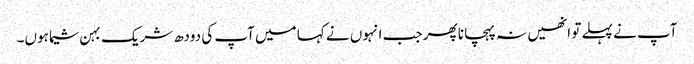
آپ نے پہلے تو انھیں نہ پہچانا پھر جب انہوں نے کہا میں آپ کی دودھ شریک بہن شیما ہوں۔